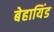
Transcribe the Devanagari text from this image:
बेहायिंड